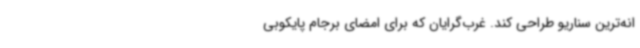
انه‌ترین سناریو طراحی کند. غرب‌گرایان که برای امضای برجام پایکوبی